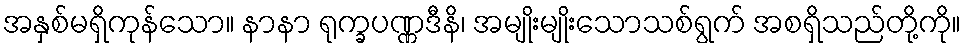
အနှစ်မရှိကုန်သော။ နာနာ ရုက္ခပဏ္ဏဒီနိ၊ အမျိုးမျိုးသောသစ်ရွက် အစရှိသည်တို့ကို။